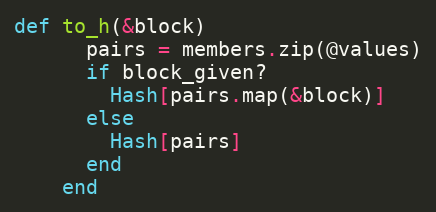
Language: Ruby
def to_h(&block)
      pairs = members.zip(@values)
      if block_given?
        Hash[pairs.map(&block)]
      else
        Hash[pairs]
      end
    end